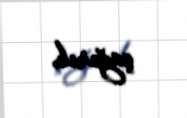
çağırıb.